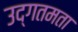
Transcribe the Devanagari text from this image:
उद्गतमता